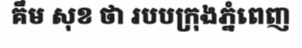
គឹម សុខ ថា របបក្រុងភ្នំពេញ